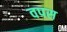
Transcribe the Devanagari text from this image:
वपस